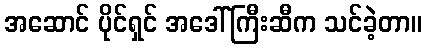
အဆောင် ပိုင်ရှင် အဒေါ်ကြီးဆီက သင်ခဲ့တာ။